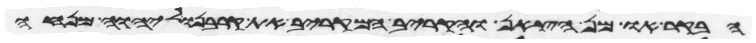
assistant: הבקר או מן הצאן והקריב המקריב את קרבנו ליהוה מנחה